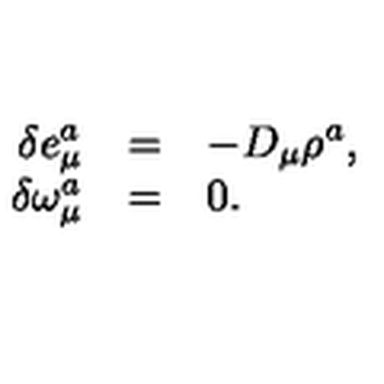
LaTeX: \begin{array} { r c l } { \delta e _ { \mu } ^ { a } } & { = } & { - D _ { \mu } \rho ^ { a } , } \\ { \delta \omega _ { \mu } ^ { a } } & { = } & { 0 . } \\ \end{array}